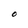
Character: O